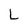
Character: L